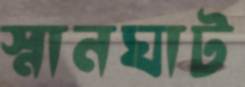
স্নানঘাট